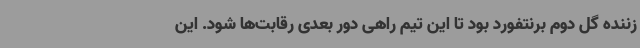
زننده گل دوم برنتفورد بود تا این تیم راهی دور بعدی رقابت‌ها شود. این